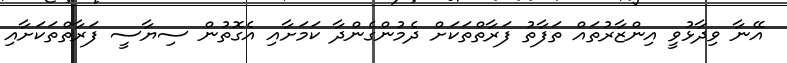
އޭނާ ވިދާޅުވީ އިންޒާރުތައް ތަފާތު ފަރާތްތަކަށް ދެމުންގެންދާ ކަމަށާއި އެގޮތުން ސިޔާސީ ފަރާތްތަކަށާއި